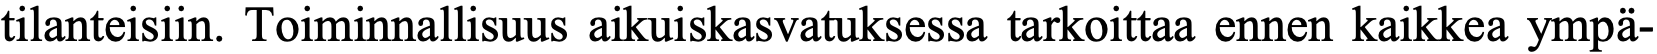
tilanteisiin. Toiminnallisuus aikuiskasvatuksessa tarkoittaa ennen kaikkea ympä-